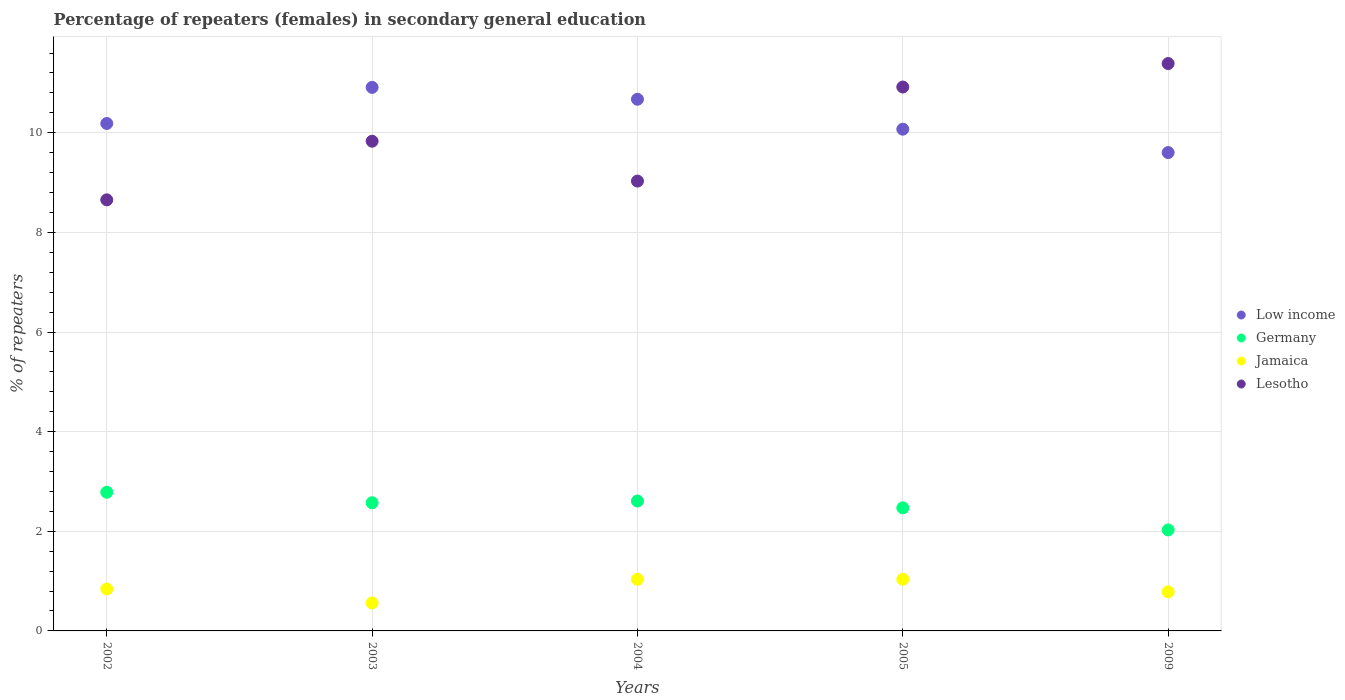
| Years | Low income | Germany | Jamaica | Lesotho |
 | --- | --- | --- | --- | --- |
 | 2002 | 10.2 | 2.78 | 0.842 | 8.65 |
 | 2003 | 10.9 | 2.57 | 0.562 | 9.83 |
 | 2004 | 10.7 | 2.61 | 1.04 | 9.03 |
 | 2005 | 10.1 | 2.47 | 1.04 | 10.9 |
 | 2009 | 9.6 | 2.03 | 0.784 | 11.4 |